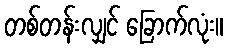
တစ်တန်းလျှင် ခြောက်လုံး။